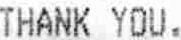
THANK YOU.